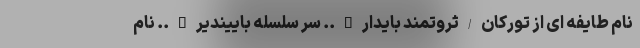
نام طایفه ای از تورکان/ثروتمند بایدار….. سر سلسله باییندیر….. نام